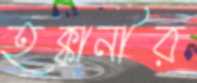
হক্কানীর